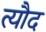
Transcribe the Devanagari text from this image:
त्यौद